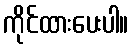
ကိုင်ထားပေးပါ။